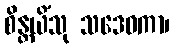
စိန္တယိံသု သဒေဝကာ၊